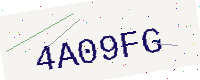
Text: 4A09FG